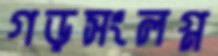
গড়সংলগ্ন